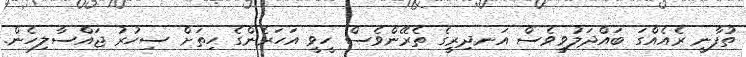
ތުފާނީ ރެއެއްގަ ބައްދަލުވީވެސް އަނދިރީގެ ތެރޭންވެސް ހީވީ އަހަރެންގެ ހިތަށް ސިހުރު ޖައްސާލިހެން.